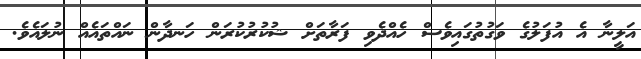
އަލީނާ އެ އުފަލުގެ ވަގުތުގައިވެސް ހެއްދެވި ފަރާތަށް ޝުކުރުކުރަން ހަނދާން ނައްތައެއް ނުލައެވެ.